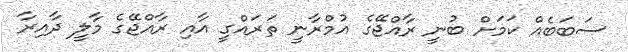
ސަބަބެއް ކަމަށް ބުނީ ރާއްޖޭގެ އުމްރާނީ ތަރައްގީ އާއި ރާއްޖޭގެ މާލީ ދާއިރާ